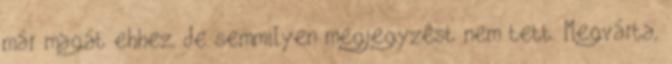
már magát ehhez, de semmilyen megjegyzést nem tett. Megvárta,